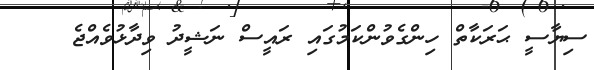
ސިޔާސީ ޙަރަކާތް ހިންގެވުންކަމުގައި ރައީސް ނަޝީދު ވިދާޅުވެއްޖެ